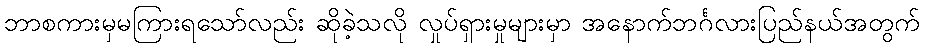
ဘာစကားမှမကြားရသော်လည်း ဆိုခဲ့သလို လှုပ်ရှားမှုများမှာ အနောက်ဘင်္ဂလားပြည်နယ်အတွက်